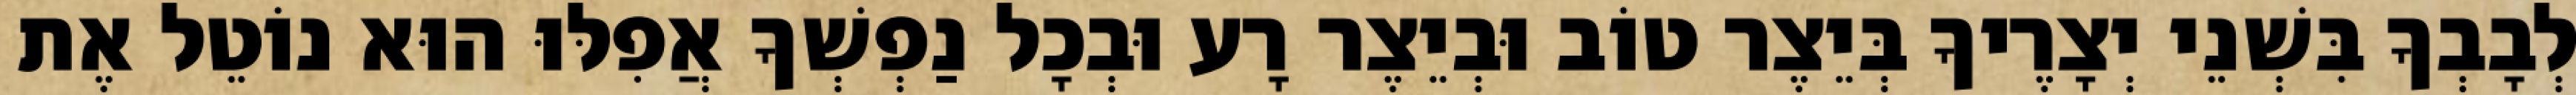
לְבָבְךָ בִּשְׁנֵי יְצָרֶיךָ בְּיֵצֶר טוֹב וּבְיֵצֶר רָע וּבְכָל נַפְשְׁךָ אֲפִלּוּ הוּא נוֹטֵל אֶת